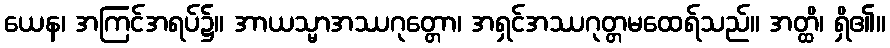
ယေန၊ အကြင်အရပ်၌။ အာယသ္မာအဿဂုတ္တော၊ အရှင်အဿဂုတ္တမထေရ်သည်။ အတ္ထိ၊ ရှိ၏။